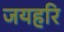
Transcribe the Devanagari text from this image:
जयहरि